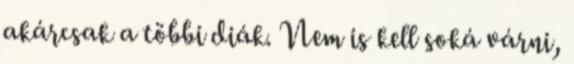
akárcsak a többi diák. Nem is kell soká várni,